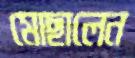
মোছালেন